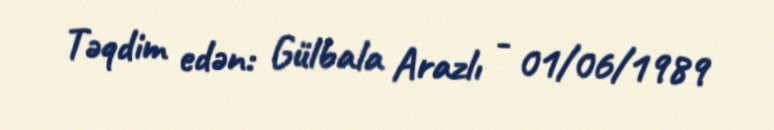
Təqdim edən: Gülbala Arazlı - 01/06/1989